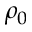
\rho _ { 0 }